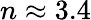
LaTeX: n\approx 3.4